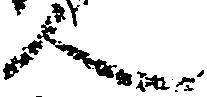
人